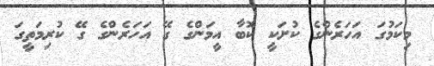
މިކަމުގަ އަހަރެންގެ ކުށަކީ ކޮބާ އީމަންގެ ގޭ އަހަރެންގެ ގޭ ކުރިމަތީގަ